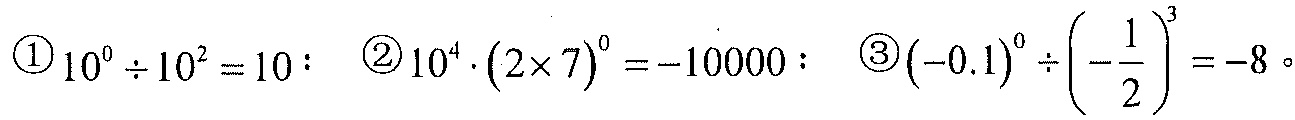
$\textcircled{1}10^{0}\div10^{2}=10$； $\textcircled{2}10^{4}\cdot(2\times 7)^{0}=-10000$； $\textcircled{3}(-0.1)^{0}\div\left(-\dfrac{1}{2}\right)^{3}=-8$。